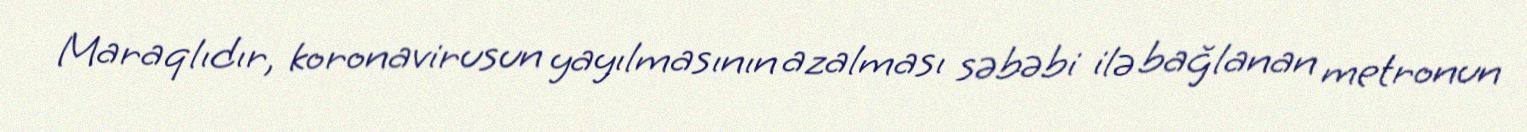
Maraqlıdır, koronavirusun yayılmasının azalması səbəbi ilə bağlanan metronun